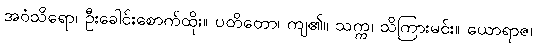
အဝံသိရော၊ ဦးခေါင်းစောက်ထိုး။ ပတိတော၊ ကျ၏။ သက္က၊ သိကြားမင်း။ ယောရာဇ၊